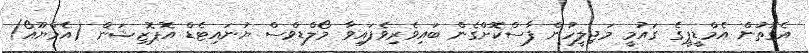
އެގޮތުން އެމްޑީޕީގެ ގައުމީ މަޖިލީހުން ފާސްކޮށްގެން ބައިވެރިވެފައިވާ މޯލްޑިވްސް ޔުނައިޓެޑް އޮޕޮޒިިޝަން (އެމްޔޫއޯ)